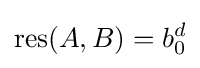
\operatorname {res} (A,B)=b_{0}^{d}